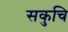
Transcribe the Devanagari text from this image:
सकुचि